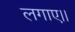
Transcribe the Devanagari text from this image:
लगाए।।